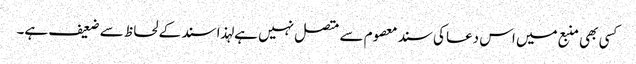
کسی بھی منبع میں اس دعا کی سند معصوم سے متصل نہیں ہے لہذا سند کے لحاظ سے ضعیف ہے۔